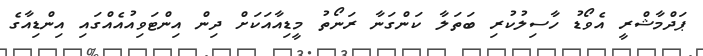
ޕަދްމާޝްރީ އެވޯޑު ހާސިލުކުރި ބަތަލާ ކަންގަނާ ރަނޯތު މީޑިއާއަކަށް ދިން އިންޓަވިއުއެއްގައި އިންޑިއާގެ